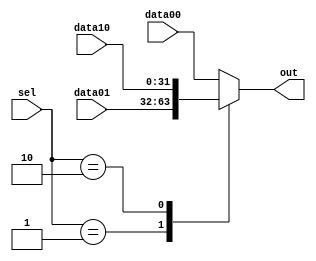
module Mux3 (
    input [1:0]sel,
    input [31:0] data00,
    input [31:0] data01,
    input [31:0] data10,

    output reg [31:0] out

);
always @(*) begin
    case(sel)
    //2'b00:
      //  out = data00;
    2'b01:
        out = data01;
    2'b10:
        out = data10;
    default://2'b00
        out = data00;
endcase
end




endmodule